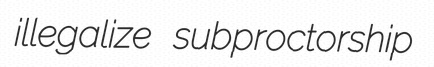
illegalize subproctorship